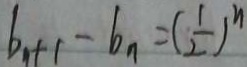
b _ { n } + 1 - b _ { n } = ( \frac { 1 } { 2 } ) ^ { n }